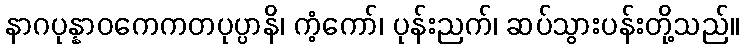
နာဂပုန္နာဝကေကတပုပ္ပာနိ၊ ကံ့ကော်၊ ပုန်းညက်၊ ဆပ်သွားပန်းတို့သည်။